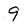
Character: 9